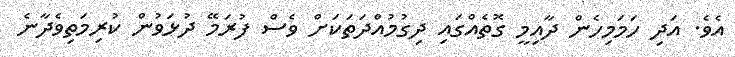
އެވެ. އަދި ހަމަމިހެން ދާއިމީ ގޮތެއްގައި ދިގުމުއްދަތަކަށް ވެސް ފުރަމޭ ދުޅަވުން ކުރިމަތިވެދާނެ